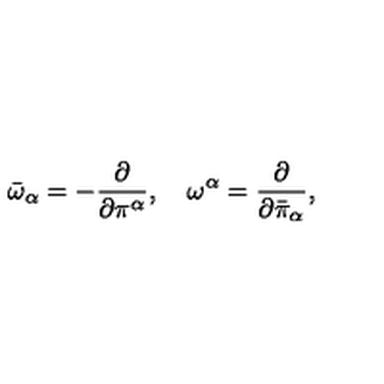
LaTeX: { \bar { \omega } } _ { \alpha } = - \frac { \partial } { \partial \pi ^ { \alpha } } , \quad { \omega } ^ { \alpha } = \frac { \partial } { \partial { \bar { \pi } } _ { \alpha } } ,